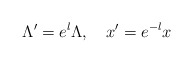
\begin{align*}\Lambda'=e^l \Lambda, \quad x' = e^{-l}x\end{align*}